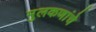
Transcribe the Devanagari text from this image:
मुलकणांचे